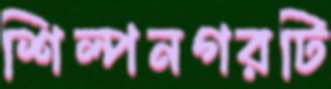
শিল্পনগরটি